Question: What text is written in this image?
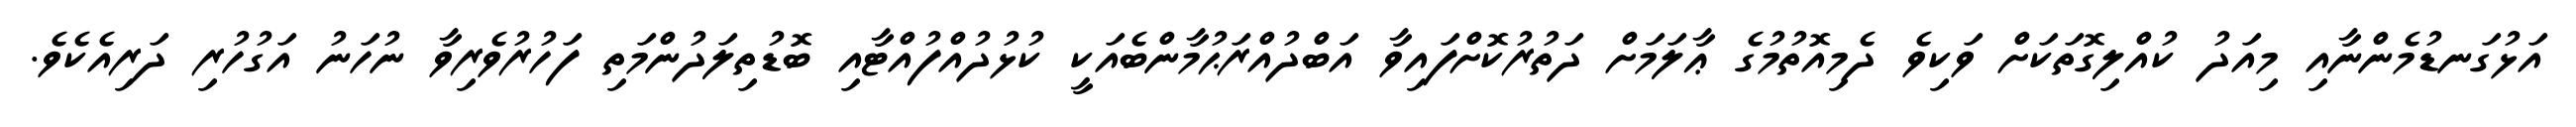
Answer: އަޅުގަނޑުމެންނާއި މިއަދު ކުއްލިގޮތަކަށް ވަކިވެ ދެމިއޮތުމުގެ ޢާލަމަށް ދަތުރުކޮށްފައިވާ އަބްދުއްރަޙުމާންބެއަކީ ކުޅުދުއްފުއްޓާއި ބޮޑުތިލަދުންމަތި ފަހުރުވެރިވާ ނުހަނު އަގުހުރި ދަރިއެކެވެ.